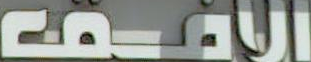
الأعمى